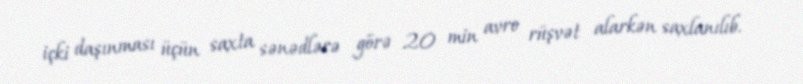
içki daşınması üçün saxta sənədlərə görə 20 min avro rüşvət alarkən saxlanılıb.